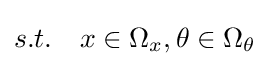
s.t.\quad x\in \Omega _{x},\theta \in \Omega _{\theta }